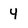
Character: y